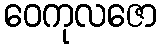
ဝေကုလဇော